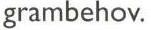
grambehov.